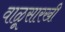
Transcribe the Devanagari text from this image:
वाळूसारखी